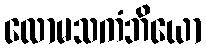
လောမသကံဘိယော